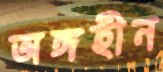
অঙ্গহীন